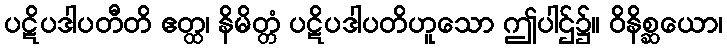
ပဋိပဒါပတီတိ ဧတ္ထ၊ နိမိတ္တံ ပဋိပဒါပတိဟူသော ဤပါဌ်၌။ ဝိနိစ္ဆယော၊